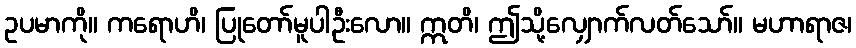
ဥပမာကို။ ကရောဟိ၊ ပြုတော်မူပါဦးလော။ ဣတိ၊ ဤသို့လျှောက်လတ်သော်။ မဟာရာဇ၊